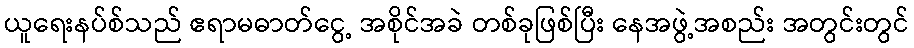
ယူရေးနပ်စ်သည် ဧရာမဓာတ်ငွေ့ အစိုင်အခဲ တစ်ခုဖြစ်ပြီး နေအဖွဲ့အစည်း အတွင်းတွင်